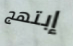
إبتهج